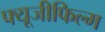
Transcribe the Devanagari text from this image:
फ्यूजीफिल्म